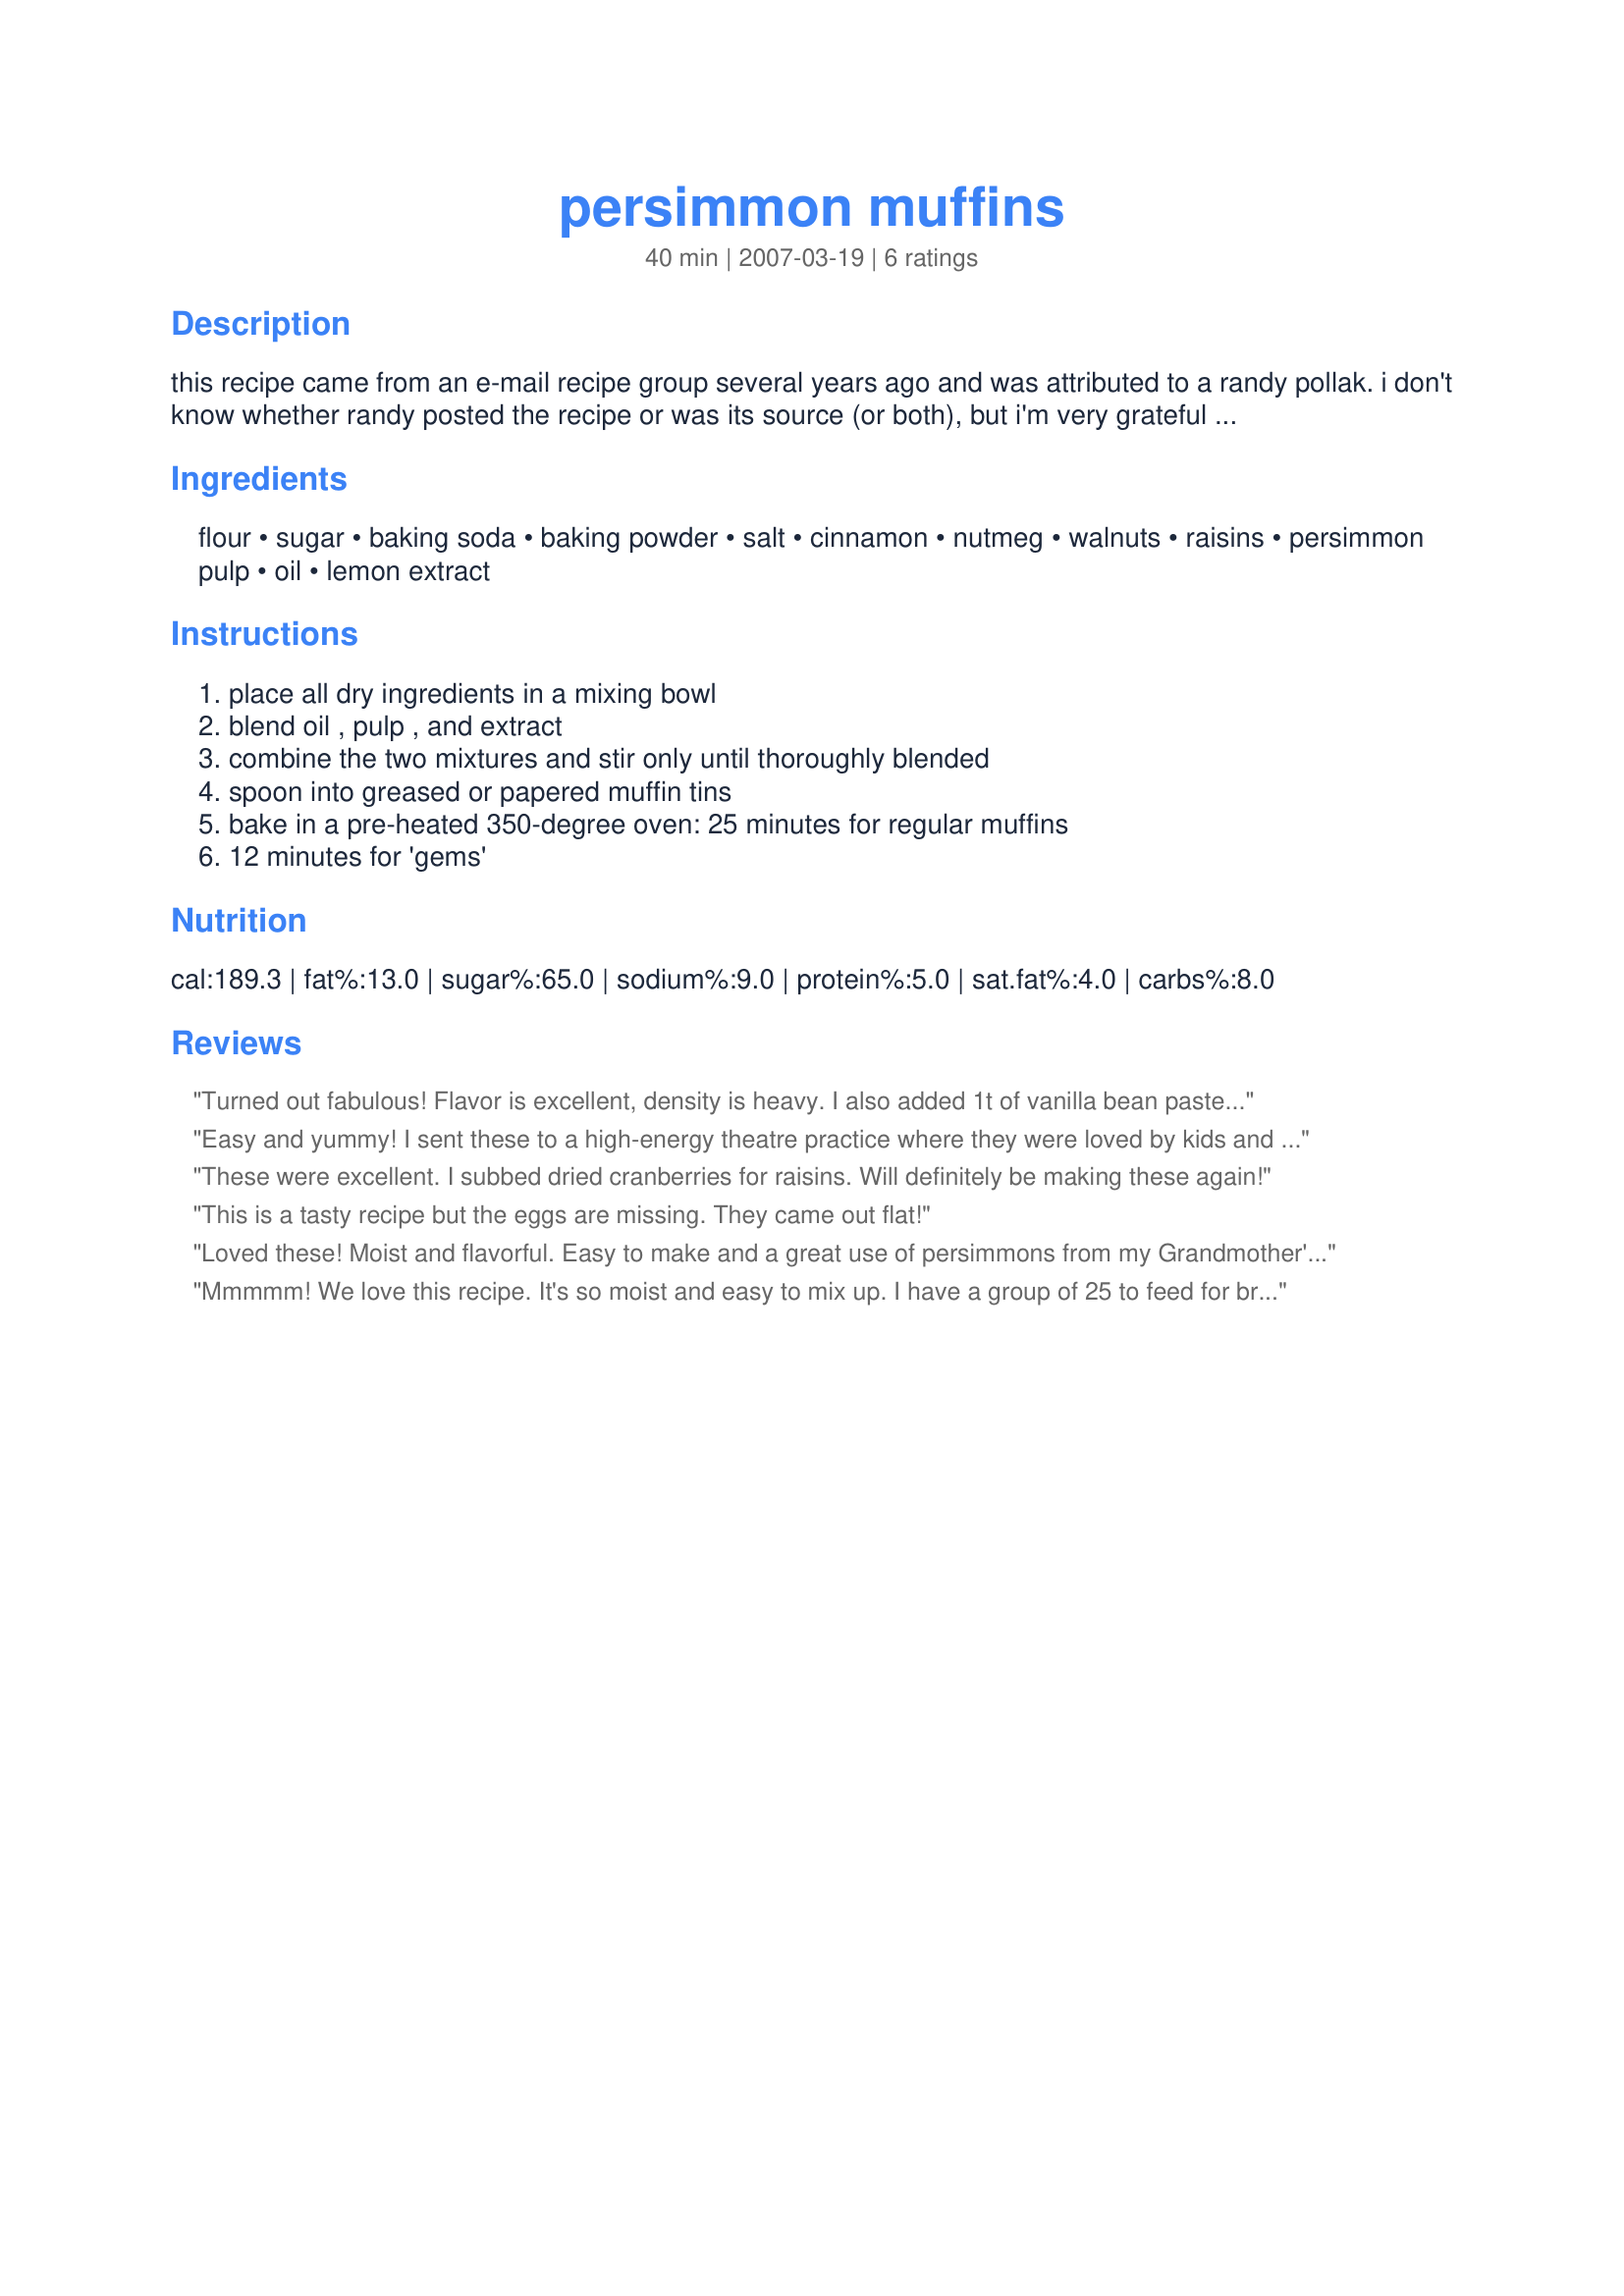
persimmon muffins
Preparation time: 40 minutes

this recipe came from an e-mail recipe group several years ago and was attributed to a randy pollak. i don't know whether randy posted the recipe or was its source (or both), but i'm very grateful for it.

Ingredients:
flour, sugar, baking soda, baking powder, salt, cinnamon, nutmeg, walnuts, raisins, persimmon pulp, oil, lemon extract

Steps:
place all dry ingredients in a mixing bowl, blend oil , pulp , and extract, combine the two mixtures and stir only until thoroughly blended, spoon into greased or papered muffin tins, bake in a pre-heated 350-degree oven: 25 minutes for regular muffins, 12 minutes for 'gems'

Reviews:
Turned out fabulous! Flavor is excellent, density is heavy. I also added 1t of vanilla bean paste, and 1c of chocolate chips so my children would eat them. They didn't last long! I'm going to try adding an egg next time, and I would like to see how this works in loaf form.
Easy and yummy!
I sent these to a high-energy theatre practice where they were loved by kids and adults. Not too sweet, but very satisfying.
I made them using 1 t of pumpkin pie spice (I didn't have any plain nutmeg) and 1 T lemon juice (I didn't have the extract). Also, when I "pulped" my persimmons (2), I got nearly one 1, but just added unsweetened applesauce to make up for the extra that I needed (hey, it's still pulp, right?)
Thanks ccferne (and Randy)!
These were excellent. I subbed dried cranberries for raisins. Will definitely be making these again!
This is a tasty recipe but the eggs are missing. They came out flat!
Loved these! Moist and flavorful. Easy to make and a great use of persimmons from my Grandmother's persimmon tree.
Mmmmm! We love this recipe. It's so moist and easy to mix up. I have a group of 25 to feed for breakfast and these are on the menu. Thanks, ccferne!
